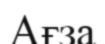
Ағза